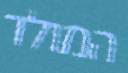
המולד